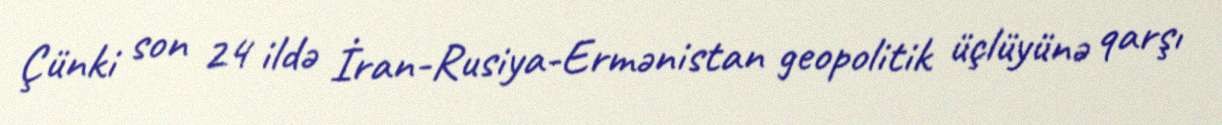
Çünki son 24 ildə İran-Rusiya-Ermənistan geopolitik üçlüyünə qarşı